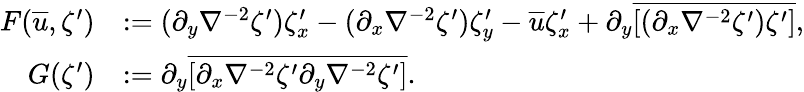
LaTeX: \begin{array}{rl}{F(\overline{{u}},\zeta^{\prime})}&{:=(\partial_{y}\nabla^{-2}\zeta^{\prime})\zeta_{x}^{\prime}-(\partial_{x}\nabla^{-2}\zeta^{\prime})\zeta_{y}^{\prime}-\overline{{u}}\zeta_{x}^{\prime}+\partial_{y}\overline{{[(\partial_{x}\nabla^{-2}\zeta^{\prime})\zeta^{\prime}]}},}\\ {G(\zeta^{\prime})}&{:=\partial_{y}\overline{{[\partial_{x}\nabla^{-2}\zeta^{\prime}\partial_{y}\nabla^{-2}\zeta^{\prime}]}}.}\end{array}